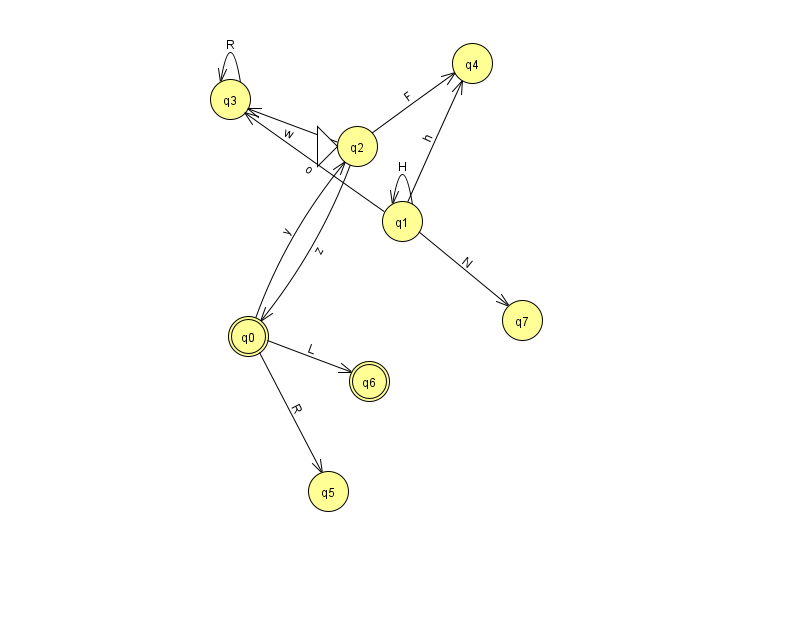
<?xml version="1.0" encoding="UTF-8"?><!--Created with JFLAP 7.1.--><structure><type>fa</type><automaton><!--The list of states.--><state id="0" name="q0"><x>248.0</x><y>323.0</y><final/></state><state id="1" name="q1"><x>402.0</x><y>208.0</y></state><state id="2" name="q2"><x>357.0</x><y>133.0</y><initial/></state><state id="3" name="q3"><x>230.0</x><y>86.0</y></state><state id="4" name="q4"><x>472.0</x><y>50.0</y></state><state id="5" name="q5"><x>328.0</x><y>478.0</y></state><state id="6" name="q6"><x>369.0</x><y>368.0</y><final/></state><state id="7" name="q7"><x>522.0</x><y>307.0</y></state><!--The list of transitions.--><transition><from>0</from><to>6</to><read>L</read></transition><transition><from>2</from><to>3</to><read>w</read></transition><transition><from>3</from><to>3</to><read>R</read></transition><transition><from>1</from><to>4</to><read>h</read></transition><transition><from>0</from><to>5</to><read>R</read></transition><transition><from>0</from><to>2</to><read>y</read></transition><transition><from>1</from><to>1</to><read>H</read></transition><transition><from>1</from><to>3</to><read>o</read></transition><transition><from>2</from><to>0</to><read>z</read></transition><transition><from>1</from><to>7</to><read>N</read></transition><transition><from>2</from><to>4</to><read>F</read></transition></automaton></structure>